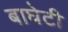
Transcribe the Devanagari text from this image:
बाघेटी